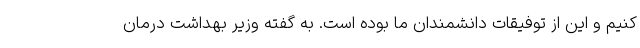
کنیم و این از توفیقات دانشمندان ما بوده است. به گفته وزیر بهداشت درمان